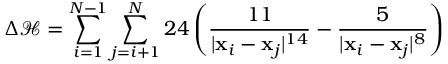
\Delta \mathcal { H } = \sum _ { i = 1 } ^ { N - 1 } \sum _ { j = i + 1 } ^ { N } 2 4 \left( \frac { 1 1 } { | \mathbf x _ { i } - \mathbf x _ { j } | ^ { 1 4 } } - \frac 5 { | \mathbf x _ { i } - \mathbf x _ { j } | ^ { 8 } } \right)